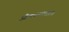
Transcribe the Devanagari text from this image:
औषधशास्त्रांत